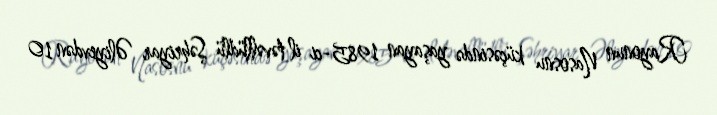
Rayonun Nasosnu küçəsində yaşayan 1985-ci il təvəllüdlü Şəhriyar Əliyevdən 10